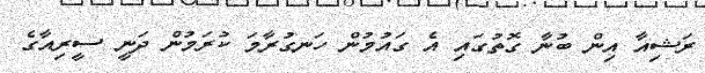
ރަޝިއާ އިން ބުނާ ގޮތުގައި އެ ގައުމުން ހަނގުރާމަ ކުރަމުން ދަނީ ސީރިއާގެ